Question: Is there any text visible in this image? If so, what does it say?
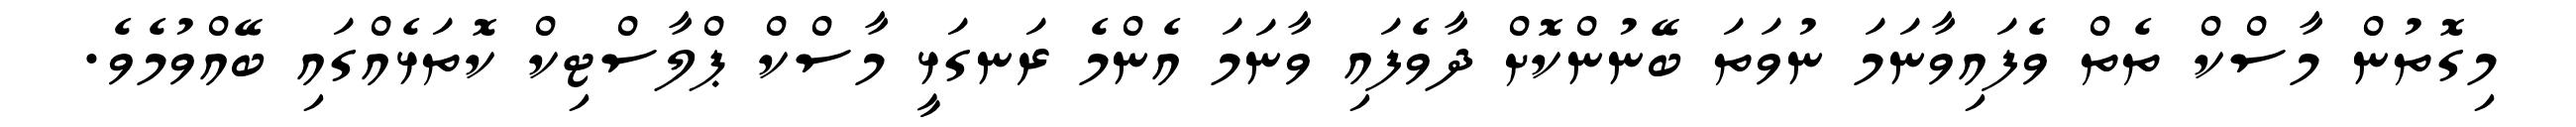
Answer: މިގޮތުން މާސްކް ތެތް ވެފައިވާނަމަ ނުވަތަ ބޭނުންކޮށް ދާވެފައި ވާނަމަ އެންމެ ރަނގަޅީ މާސްކް ޕްލާސްޓިކް ކޮތަޅެއްގައި ބޭއްވުމެވެ.